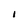
Character: I